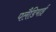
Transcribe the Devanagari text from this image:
पलैडियाई